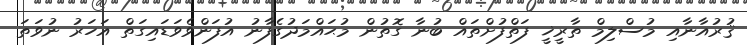
ޤުރުއާނާއި މުސްލިމް ތާރީޚީ ފަތްފުށްތައް ބުނާ ގޮތުން މުޙައްމަދުގެފާނު އުފަންވެވަޑައިގަތް އަހަރު ނުވަތަ